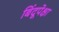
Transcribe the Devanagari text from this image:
बिंदूपेक्षा